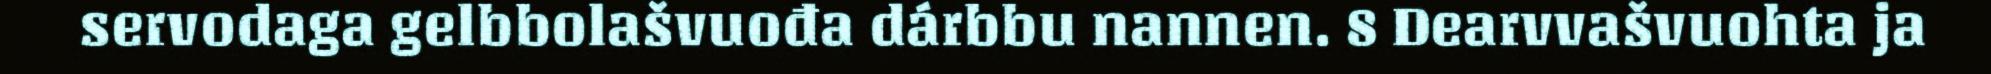
servodaga gelbbolašvuođa dárbbu nannen. 8 Dearvvašvuohta ja